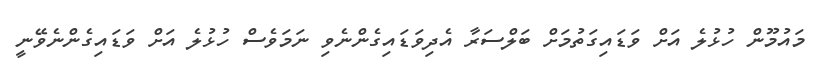
މައުމޫން ހުޅުލެ އަށް ވަޑައިގަތުމަށް ބަލްސަރާ އެދިވަޑައިގެންނެވި ނަމަވެސް ހުޅުލެ އަށް ވަޑައިގެންނެވޭނީ